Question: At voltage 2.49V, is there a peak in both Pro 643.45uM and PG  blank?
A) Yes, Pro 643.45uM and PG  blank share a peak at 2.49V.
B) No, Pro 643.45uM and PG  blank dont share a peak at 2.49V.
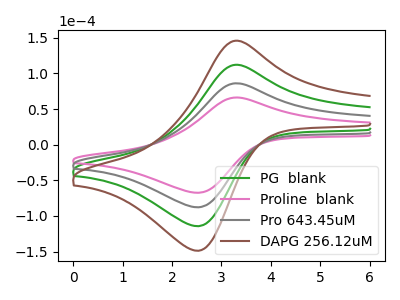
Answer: <think>The green curve "PG  blank" has an anodic peak at (3.35V, 172.05uA) and a cathodic peak at (2.50V, -175.55uA). The pink curve "Proline  blank" has an anodic peak at (3.35V, 66.10uA) and a cathodic peak at (2.50V, -67.45uA). The gray curve "Pro 643.45uM" has an anodic peak at (3.35V, 86.05uA) and a cathodic peak at (2.50V, -87.75uA). The brown curve "DAPG 256.12uM" has an anodic peak at (3.35V, 258.10uA) and a cathodic peak at (2.50V, -263.30uA).</think>
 <answer>A) Yes, "Pro 643.45uM" and "PG  blank" share a peak at 2.49V.</answer>
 <eval>A</eval>